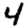
Digit: 4